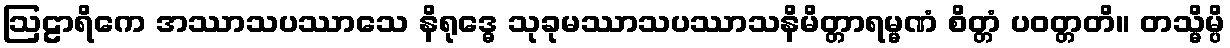
ဩဠာရိကေ အဿာသပဿာသေ နိရုဒ္ဓေ သုခုမဿာသပဿာသနိမိတ္တာရမ္မဏံ စိတ္တံ ပဝတ္တတိ။ တသ္မိမ္ပိ